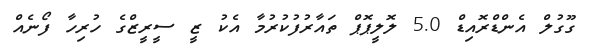
ގޫގުލް އެންޑްރޮއިޑް 5.0 ލޮލީޕޮޕް ތައާރުފުކުރުމާ އެކު ޒީ ސީރީޒްގެ ހުރިހާ ފޯނެއް